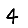
Digit: 4